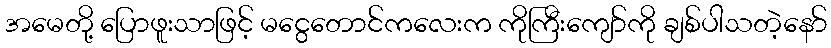
အမေတို့ ပြောဖူးသာဖြင့် မငွေတောင်ကလေးက ကိုကြီးကျော်ကို ချစ်ပါသတဲ့နော်